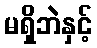
မရှိဘဲနှင့်